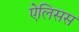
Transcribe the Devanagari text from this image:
ऐलिसस